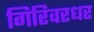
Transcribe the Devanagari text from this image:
गिरिवरधर